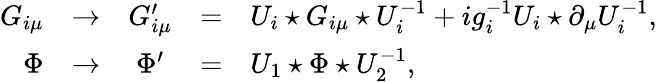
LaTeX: \begin{array}{rcccl}{{G_{i\mu}}}&{{\to}}&{{G_{i\mu}^{\prime}}}&{{=}}&{{U_{i}\star G_{i\mu}\star U_{i}^{-1}+ig_{i}^{-1}U_{i}\star\partial_{\mu}U_{i}^{-1},}}\\ {{\Phi}}&{{\to}}&{{\Phi^{\prime}}}&{{=}}&{{U_{1}\star\Phi\star U_{2}^{-1},}}\end{array}